Insane asylums Bombay 1873-77 - 1873-1877
Year: 1873
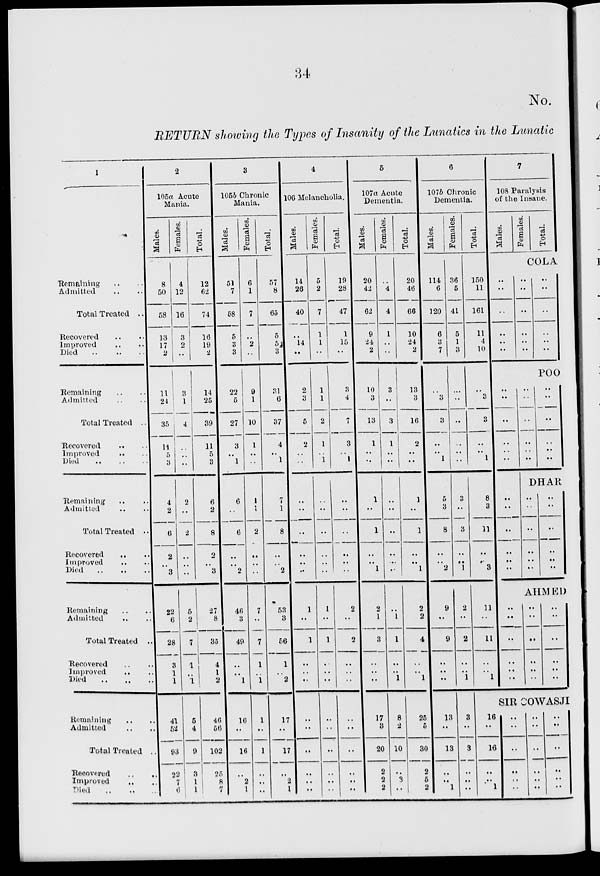
34
No.
RETURN showing the Types of Insanity of the Lunatics in the Lunatic
1
Remaining .. ..
Admitted .. ..
Total Treated ..
Recovered .. ..
Improved .. ..
Died
..
..
..
Remaining .. ..
Admitted .. ..
Total Treated ..
Recovered .. ..
Improved .. ..
Died
..
..
..
Remaining .. ..
Admitted .. ..
Total Treated ..
Recovered .. ..
Improved .. ..
Died .. .. ..
Remaining .. ..
Admitted .. ..
Total Treated ..
Recovered .. ..
Improved .. .. ..
Died .. .. ..
Remaining .. ..
Admitted .. ..
Total Treated ..
Recovered .. ..
Improved .. ..
Died .. .. ..
2
105a Acute
Mania.
Males.
8
50
58
13
17
2
11
24
35
14
5
3
4
2
6
2
..
3
22
6
28
3
1
1
41
52
93
22
7
6
Females.
4
12
16
3
2
..
3
1
4
..
..
..
2
..
2
..
..
..
5
2
7
1
.. 1
5
4
9
3
1
1
Total.
12
62
74
16
19
2
14
25
39
11
5
3
6
2
8
2
..
3
27
8
35
4
1
2
46
56
102
25
8
7
3
105b Chronic
Mania.
Males.
51
7
58
5
3
3
22
5
27
3
..
1
6
..
6
..
..
2
46
3
49
..
.. 1
16
..
16
..
2
1
Females.
6
1
7
..
2
..
9
1
10
1
..
..
1
1
2
..
..
..
7
..
7
1
.. 1
1
..
1
..
..
..
Total.
57
8
65
5
5
3
31
6
37
4
..
1
7
1
8
..
..
2
53
3
56
1
.. 2
17
..
17
..
2
1
4
106 Melancholia.
Males.
14
26
40
..
14
..
2
3
5
2
..
..
..
..
..
..
..
..
1
..
1
..
..
..
..
..
..
..
..
..
Females.
5
2
7
1
1
..
1
1
2
1
..
1
..
..
..
..
..
..
1
..
1
..
..
..
..
..
..
..
..
..
Total.
19
28
47
1
15
..
3
4
7
3
..
1
..
..
..
..
..
..
2
..
2
..
..
..
..
..
..
..
..
..
5
107a Acute
Dementia.
Males.
20
42
62
9
24
2
10
3
13
1
..
..
1
..
1
..
..
1
2
1
3
..
..
..
17
3
20
2
2
2
Females.
..
4
4
1
..
..
3
..
3
1
..
..
..
..
..
..
..
..
.. 1
1
..
.. 1
8
2
10
..
3
..
Total.
20
46
66
10
24
2
13
3
16
2
..
..
1
..
1
..
..
1
2
2
4
..
.. 1
25
5
30
2
5
2
6
107b Chronic
Dementia.
Males.
114
6
120
6
3
7
..
3
3
..
..
1
5
3
8
..
..
2
9
..
9
..
..
..
13
..
13
..
..
1
Females.
36
5
41
5
1
3
..
..
..
..
..
..
3
..
3
..
..
1
2
..
2
..
..
1
3
..
3
..
..
..
Total.
150
11
161
11
4
10
..
3
3
..
..
1
8
3
11
..
..
3
11
..
11
..
.. 1
16
..
16
..
..
1
7
108 Paralysis
of the Insane.
Males.
Females.
Total.
COLA
..
..
..
..
..
..
..
..
..
..
..
..
..
..
..
..
..
..
POO
..
..
..
..
..
..
..
..
..
..
..
..
..
..
..
..
..
..
DHAR
..
..
..
..
..
..
..
..
..
..
..
..
.. ..
..
..
..
..
AHMED
..
..
..
..
..
..
..
..
..
..
..
..
..
..
..
..
..
..
SIR COWASJI
..
..
..
..
..
..
..
..
..
..
..
..
..
..
..
..
..
..